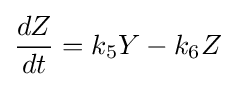
{\frac {dZ}{dt}}=k_{5}Y-k_{6}Z